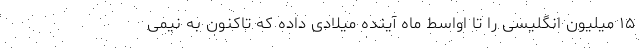
۱۵ میلیون انگلیسی را تا اواسط ماه آینده میلادی داده که تاکنون به نیمی